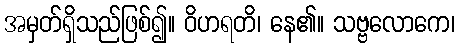
အမှတ်ရှိသည်ဖြစ်၍။ ဝိဟရတိ၊ နေ၏။ သဗ္ဗလောကေ၊